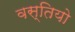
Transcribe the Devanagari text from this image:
वस्तियो